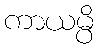
ကာယမ္ပိ